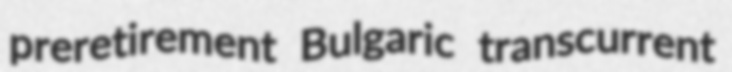
preretirement Bulgaric transcurrent